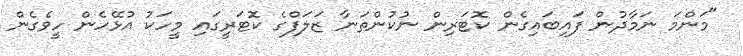
"މަންމަ ނަމާދުން ފައިބައިގެން ކޮޓަރިން ނުކުންތަނާ ޒަލަފްގެ ކޮޓަރީގައި މީހަކު އުޅޭހެން ހީވެގެން